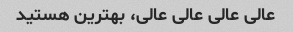
عالی عالی عالی عالی، بهترین هستید